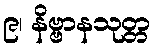
၉၊ နိဗ္ဗာနသုတ္တ